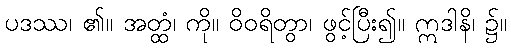
ပဒဿ၊ ၏။ အတ္ထံ၊ ကို။ ဝိဝရိတွာ၊ ဖွင့်ပြီး၍။ ဣဒါနိ၊ ၌။